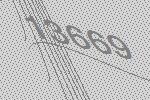
13669